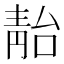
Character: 𩇚